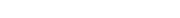
١٩٨